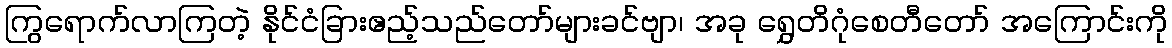
ကြွရောက်လာကြတဲ့ နိုင်ငံခြားဧည့်သည်တော်များခင်ဗျာ၊ အခု ရွှေတိဂုံစေတီတော် အကြောင်းကို